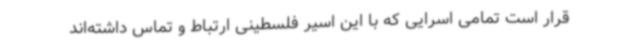
قرار است تمامی اسرایی که با این اسیر فلسطینی ارتباط و تماس داشته‌اند